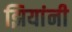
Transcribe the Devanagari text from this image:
झियांनी